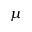
\mu